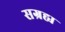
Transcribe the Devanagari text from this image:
सग्रह्य